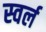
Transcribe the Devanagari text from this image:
स्वर्ल